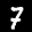
Label: 7